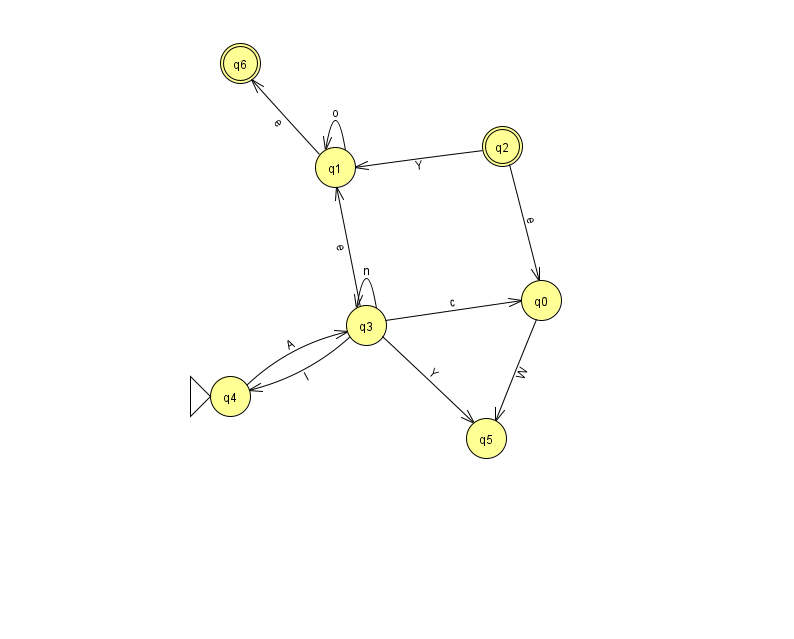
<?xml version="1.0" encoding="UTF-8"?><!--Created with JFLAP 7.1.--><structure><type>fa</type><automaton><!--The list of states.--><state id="0" name="q0"><x>541.0</x><y>287.0</y></state><state id="1" name="q1"><x>335.0</x><y>154.0</y></state><state id="2" name="q2"><x>502.0</x><y>133.0</y><final/></state><state id="3" name="q3"><x>366.0</x><y>312.0</y></state><state id="4" name="q4"><x>230.0</x><y>383.0</y><initial/></state><state id="5" name="q5"><x>486.0</x><y>425.0</y></state><state id="6" name="q6"><x>240.0</x><y>50.0</y><final/></state><!--The list of transitions.--><transition><from>3</from><to>1</to><read>e</read></transition><transition><from>2</from><to>1</to><read>Y</read></transition><transition><from>4</from><to>3</to><read>A</read></transition><transition><from>3</from><to>0</to><read>c</read></transition><transition><from>3</from><to>5</to><read>Y</read></transition><transition><from>3</from><to>4</to><read>I</read></transition><transition><from>1</from><to>6</to><read>e</read></transition><transition><from>2</from><to>0</to><read>e</read></transition><transition><from>0</from><to>5</to><read>W</read></transition><transition><from>3</from><to>3</to><read>n</read></transition><transition><from>1</from><to>1</to><read>o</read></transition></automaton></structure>